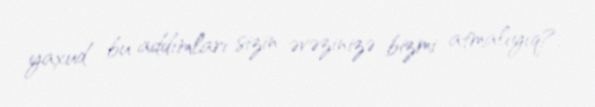
yaxud bu addımları sizin əvəzinizə bizmi atmalıyıq?.